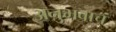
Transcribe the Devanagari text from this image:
अनुभवाचं